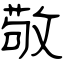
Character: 敬